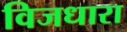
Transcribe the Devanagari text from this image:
विजधारा